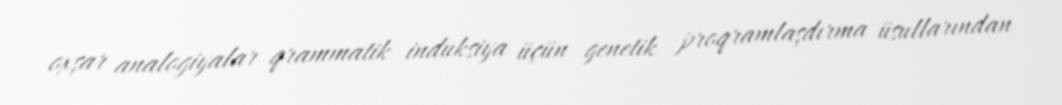
oxşar analogiyalar qrammatik induksiya üçün genetik proqramlaşdırma üsullarından